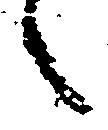
之